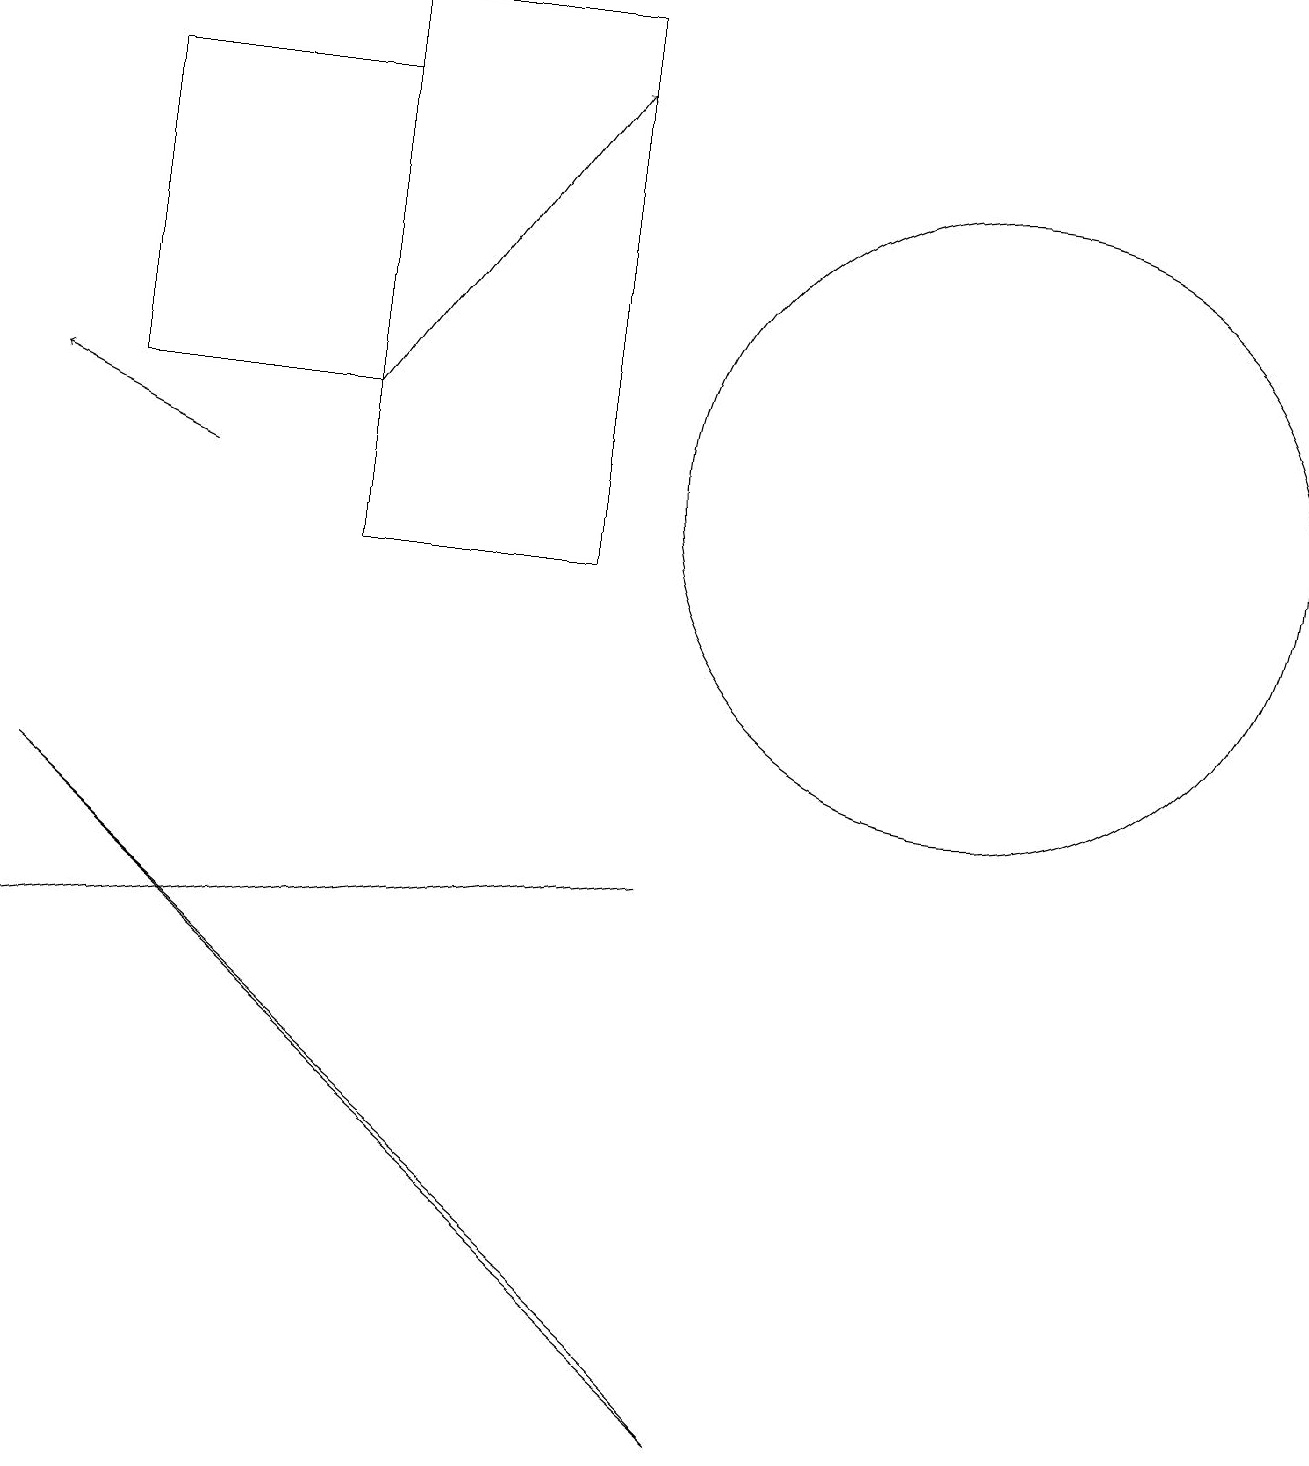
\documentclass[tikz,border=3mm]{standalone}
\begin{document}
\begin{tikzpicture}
\draw (4,11) rectangle (7,18);
\draw[->] (4,13) -- (7,17);
\draw (8,7) -- (8,7) -- (0,6) -- cycle;
\draw (10,11) circle (0);
\draw (12,12) circle (4);
\draw[->] (2,12) -- (0,13);
\draw (9,0) -- (8,1) -- (0,8) -- cycle;
\draw (4,17) rectangle (1,13);
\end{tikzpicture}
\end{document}